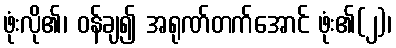
ဖုံးလို၏၊ ဝန်ချ၍ အရုဏ်တက်အောင် ဖုံး၏(၂)၊